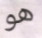
هو